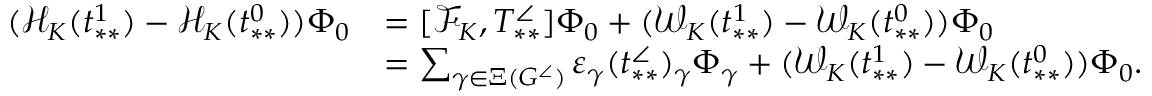
\begin{array} { r l } { ( \mathcal { H } _ { K } ( t _ { * * } ^ { 1 } ) - \mathcal { H } _ { K } ( t _ { * * } ^ { 0 } ) ) \Phi _ { 0 } } & { = [ \mathcal { F } _ { K } , T _ { * * } ^ { \angle } ] \Phi _ { 0 } + ( \mathcal { W } _ { K } ( t _ { * * } ^ { 1 } ) - \mathcal { W } _ { K } ( t _ { * * } ^ { 0 } ) ) \Phi _ { 0 } } \\ & { = \sum _ { \gamma \in \Xi ( G ^ { \angle } ) } \varepsilon _ { \gamma } ( t _ { * * } ^ { \angle } ) _ { \gamma } \Phi _ { \gamma } + ( \mathcal { W } _ { K } ( t _ { * * } ^ { 1 } ) - \mathcal { W } _ { K } ( t _ { * * } ^ { 0 } ) ) \Phi _ { 0 } . } \end{array}